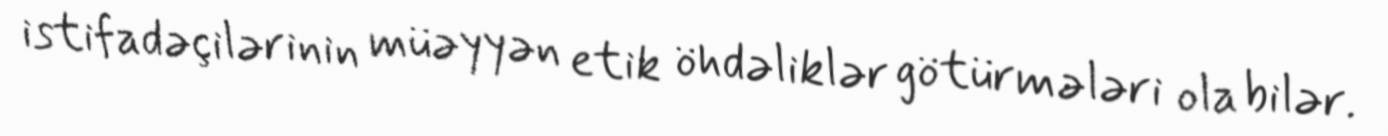
istifadəçilərinin müəyyən etik öhdəliklər götürmələri ola bilər.